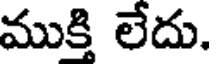
ముక్తి లేదు.